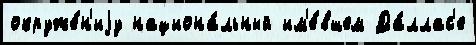
окруже́н'иjу национа́льный им'е́вшем Да́ллас'е